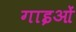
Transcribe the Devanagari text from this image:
गाइओं